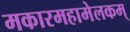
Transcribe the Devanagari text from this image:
मकारमहामेलकम्